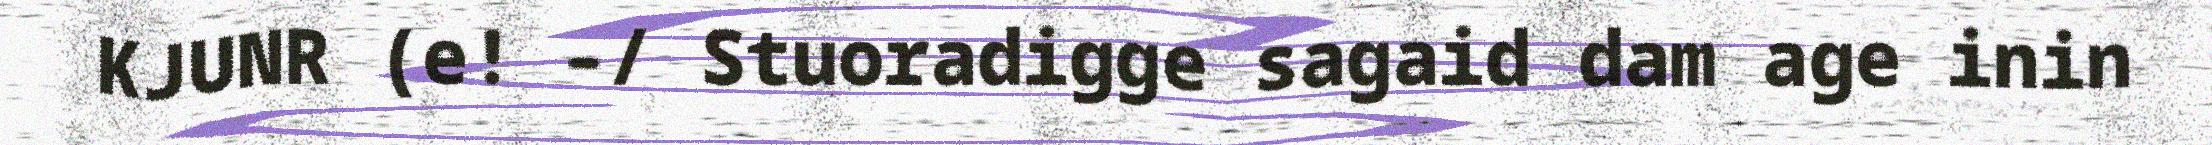
KJUNR (e! –/ Stuoradigge sagaid dam age inin